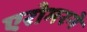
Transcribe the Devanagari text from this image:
एरोमरने